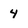
Character: 4